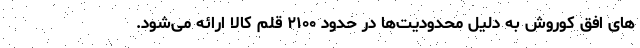
های افق کوروش به دلیل محدودیت‌ها در حدود ۲۱۰۰ قلم کالا ارائه می­شود.